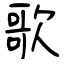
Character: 歌